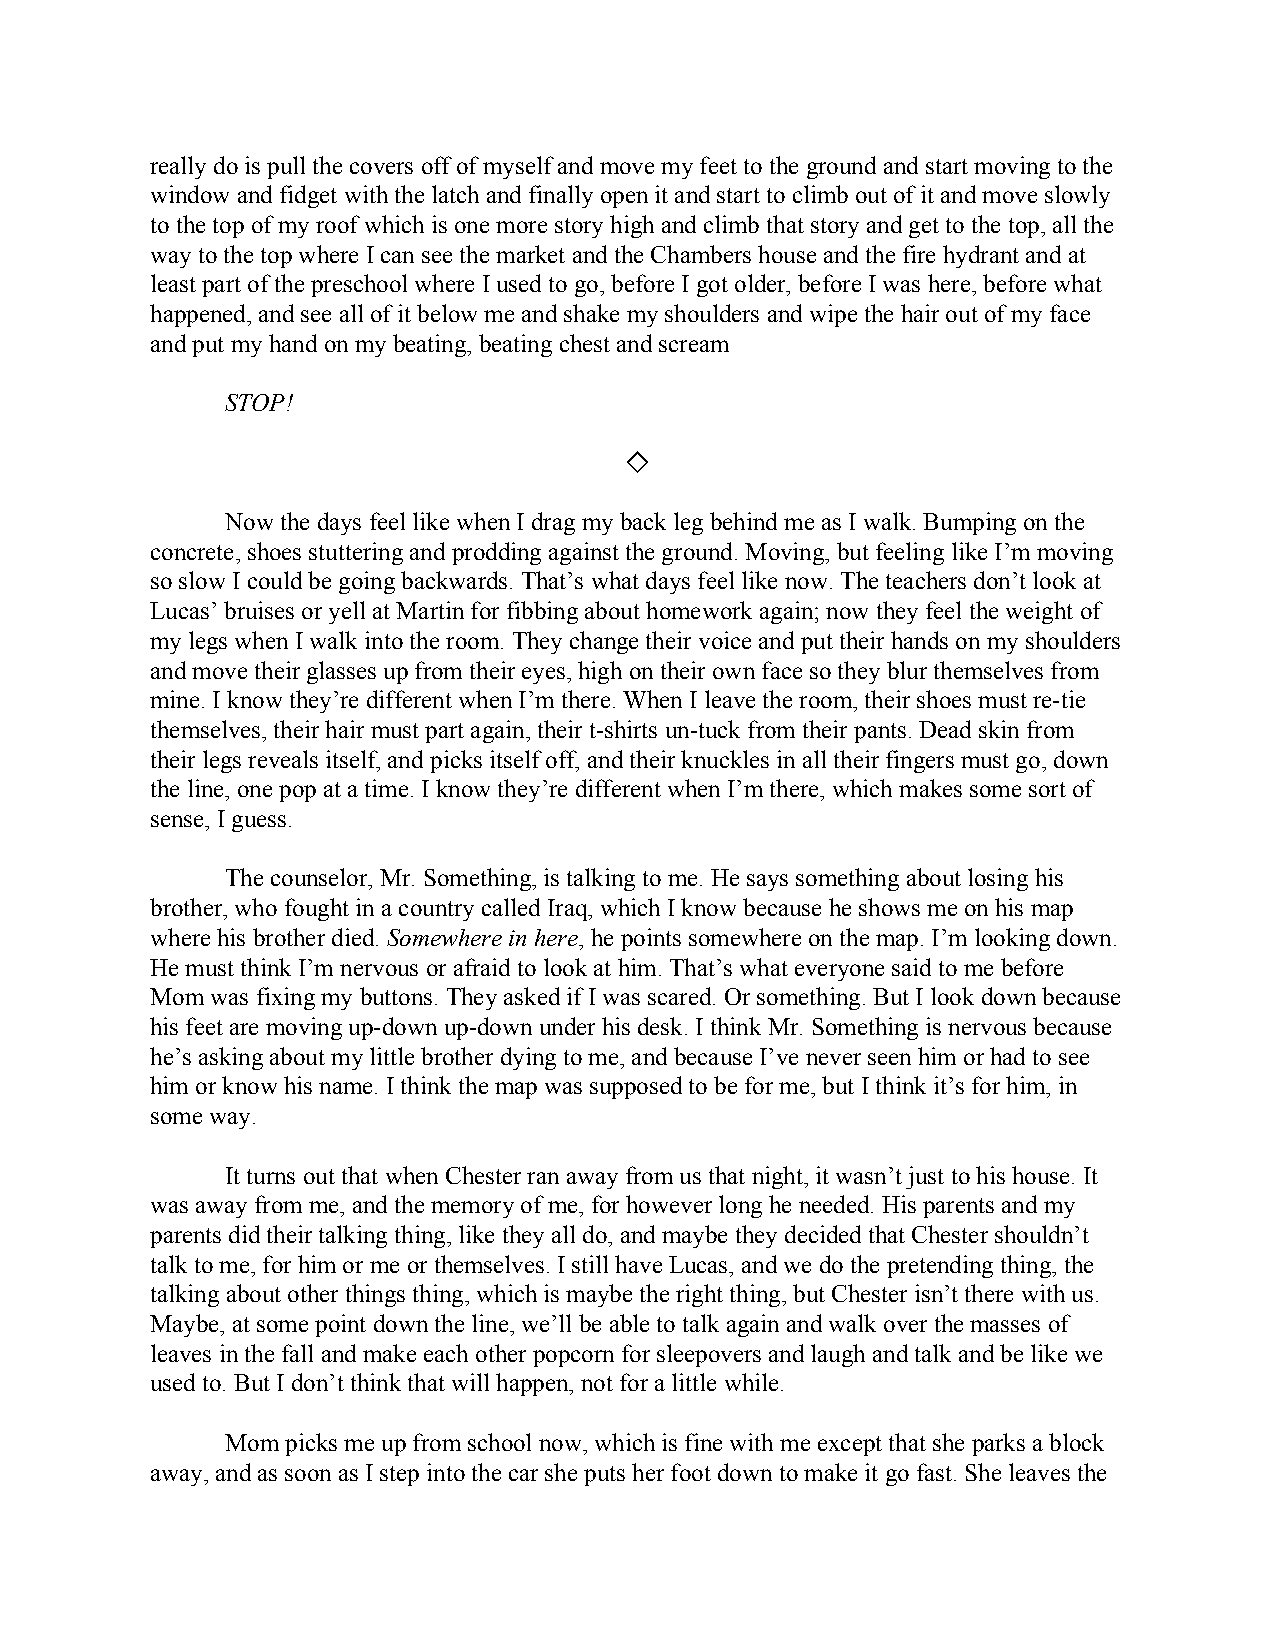
really do is pull the covers off of myself and move my feet to the ground and start moving to the
 window and fidget with the latch and finally open it and start to climb out of it and move slowly
 to the top of my roof which is one more story high and climb that story and get to the top, all the
 way to the top where I can see the market and the Chambers house and the fire hydrant and at
 least part of the preschool where I used to go, before I got older, before I was here, before what
 happened, and see all of it below me and shake my shoulders and wipe the hair out of my face
 and put my hand on my beating, beating chest and scream
 STOP!
 ◇
 Now the days feel like when I drag my back leg behind me as I walk. Bumping on the
 concrete, shoes stuttering and prodding against the ground. Moving, but feeling like I’m moving
 so slow I could be going backwards. That’s what days feel like now. The teachers don’t look at
 Lucas’ bruises or yell at Martin for fibbing about homework again; now they feel the weight of
 my legs when I walk into the room. They change their voice and put their hands on my shoulders
 and move their glasses up from their eyes, high on their own face so they blur themselves from
 mine. I know they’re different when I’m there. When I leave the room, their shoes must re-tie
 themselves, their hair must part again, their t-shirts un-tuck from their pants. Dead skin from
 their legs reveals itself, and picks itself off, and their knuckles in all their fingers must go, down
 the line, one pop at a time. I know they’re different when I’m there, which makes some sort of
 sense, I guess.
 The counselor, Mr. Something, is talking to me. He says something about losing his
 brother, who fought in a country called Iraq, which I know because he shows me on his map
 where his brother died. Somewhere in here, he points somewhere on the map. I’m looking down.
 ​           ​
 He must think I’m nervous or afraid to look at him. That’s what everyone said to me before
 Mom was fixing my buttons. They asked if I was scared. Or something. But I look down because
 his feet are moving up-down up-down under his desk. I think Mr. Something is nervous because
 he’s asking about my little brother dying to me, and because I’ve never seen him or had to see
 him or know his name. I think the map was supposed to be for me, but I think it’s for him, in
 some way.
 It turns out that when Chester ran away from us that night, it wasn’t just to his house. It
 was away from me, and the memory of me, for however long he needed. His parents and my
 parents did their talking thing, like they all do, and maybe they decided that Chester shouldn’t
 talk to me, for him or me or themselves. I still have Lucas, and we do the pretending thing, the
 talking about other things thing, which is maybe the right thing, but Chester isn’t there with us.
 Maybe, at some point down the line, we’ll be able to talk again and walk over the masses of
 leaves in the fall and make each other popcorn for sleepovers and laugh and talk and be like we
 used to. But I don’t think that will happen, not for a little while.
 Mom picks me up from school now, which is fine with me except that she parks a block
 away, and as soon as I step into the car she puts her foot down to make it go fast. She leaves the